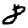
Digit: 8